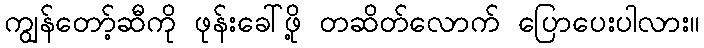
ကျွန်တော့်ဆီကို ဖုန်းခေါ်ဖို့ တဆိတ်လောက် ပြောပေးပါလား။